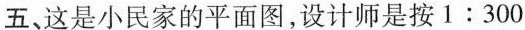
五、这是小民家的平面图，设计师是按$$1:300$$